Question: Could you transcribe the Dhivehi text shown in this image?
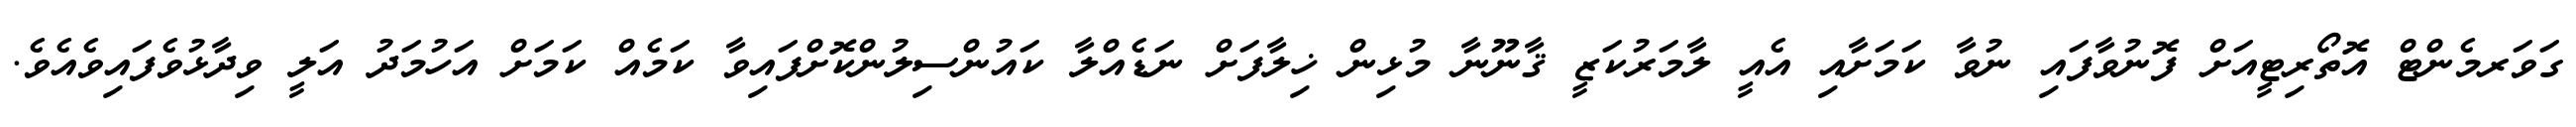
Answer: ގަވަރމެންޓް އޮތޯރިޓީއަށް ފޮނުވާފައި ނުވާ ކަމަށާއި އެއީ ލާމަރުކަޒީ ޤާނޫނާ މުޅިން ޚިލާފަށް ނަޑެއްލާ ކައުންސިލުންކޮށްފައިވާ ކަމެއް ކަމަށް އަހުމަދު އަލީ ވިދާޅުވެފައިވެއެވެ.